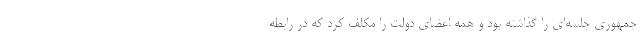
جمهوری جلسه‌ای را گذاشته بود و همه اعضای دولت را مکلف کرد که در رابطه